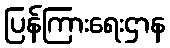
ပြန်ကြားရေးဌာန